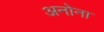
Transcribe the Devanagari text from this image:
अनोना